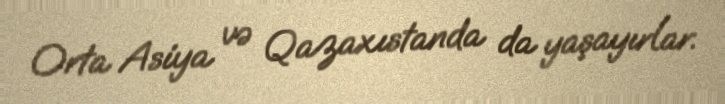
Orta Asiya və Qazaxıstanda da yaşayırlar.